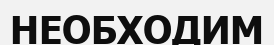
НЕОБХОДИМ